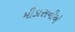
મીડાસનીએ